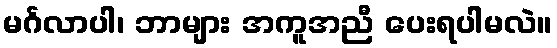
မင်္ဂလာပါ၊ ဘာများ အကူအညီ ပေးရပါမလဲ။